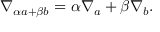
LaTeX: \nabla _ { \alpha a + \beta b } = \alpha \nabla _ { a } + \beta \nabla _ { b } .